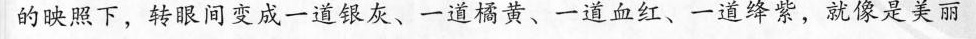
的映照下，转眼间变成一道银灰、一道橘黄、一道血红、一道绛紫，就像是美丽